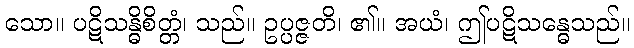
သော။ ပဋိသန္ဓိစိတ္တံ၊ သည်။ ဥပ္ပဇ္ဇတိ၊ ၏။ အယံ၊ ဤပဋိသန္ဓေသည်။